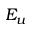
E _ { u }